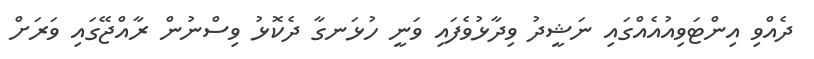
ދެއްވި އިންޓަވިއުއެއްގައި ނަޝީދު ވިދާޅުވެފައި ވަނީ ހުޅަނގާ ދެކޮޅު ވިސްނުން ރާއްޖޭގައި ވަރަށް